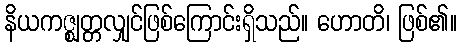
နိယကဇ္ဈတ္တလျှင်ဖြစ်ကြောင်းရှိသည်။ ဟောတိ၊ ဖြစ်၏။